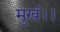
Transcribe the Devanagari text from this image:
मुखं।।